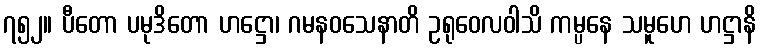
၇၅၂။ ပီတော ပမုဒိတော ဟဋ္ဌော၊ ဂမနဝသေနာတိ ဥရုဝေလဝါသိ ကမ္ပနေ သမူဟေ ဟဋ္ဌာနိ